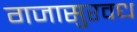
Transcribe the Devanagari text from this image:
गजासुरवध